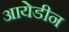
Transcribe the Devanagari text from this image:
आयेडीन